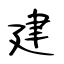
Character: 建